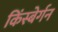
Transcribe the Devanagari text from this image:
किंस्बेर्गन